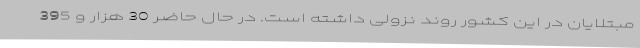
مبتلایان در این کشور روند نزولی داشته است. در حال حاضر 30 هزار و 395